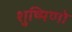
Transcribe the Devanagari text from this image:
शुष्मिणो